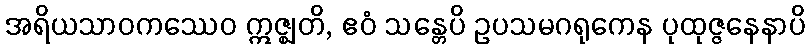
အရိယသာဝကဿေဝ ဣဇ္ဈတိ, ဧဝံ သန္တေပိ ဥပသမဂရုကေန ပုထုဇ္ဇနေနာပိ